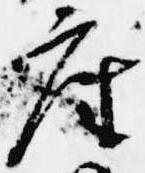
座